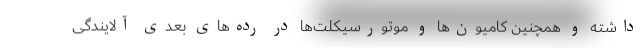
داشته و همچنین کامیون‌ها و موتورسیکلت‌ها در رده‌های بعدی آلایندگی